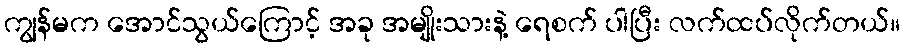
ကျွန်မက အောင်သွယ်ကြောင့် အခု အမျိုးသားနဲ့ ရေစက် ပါပြီး လက်ထပ်လိုက်တယ်။